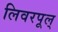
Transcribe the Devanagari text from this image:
लिवरपूल्